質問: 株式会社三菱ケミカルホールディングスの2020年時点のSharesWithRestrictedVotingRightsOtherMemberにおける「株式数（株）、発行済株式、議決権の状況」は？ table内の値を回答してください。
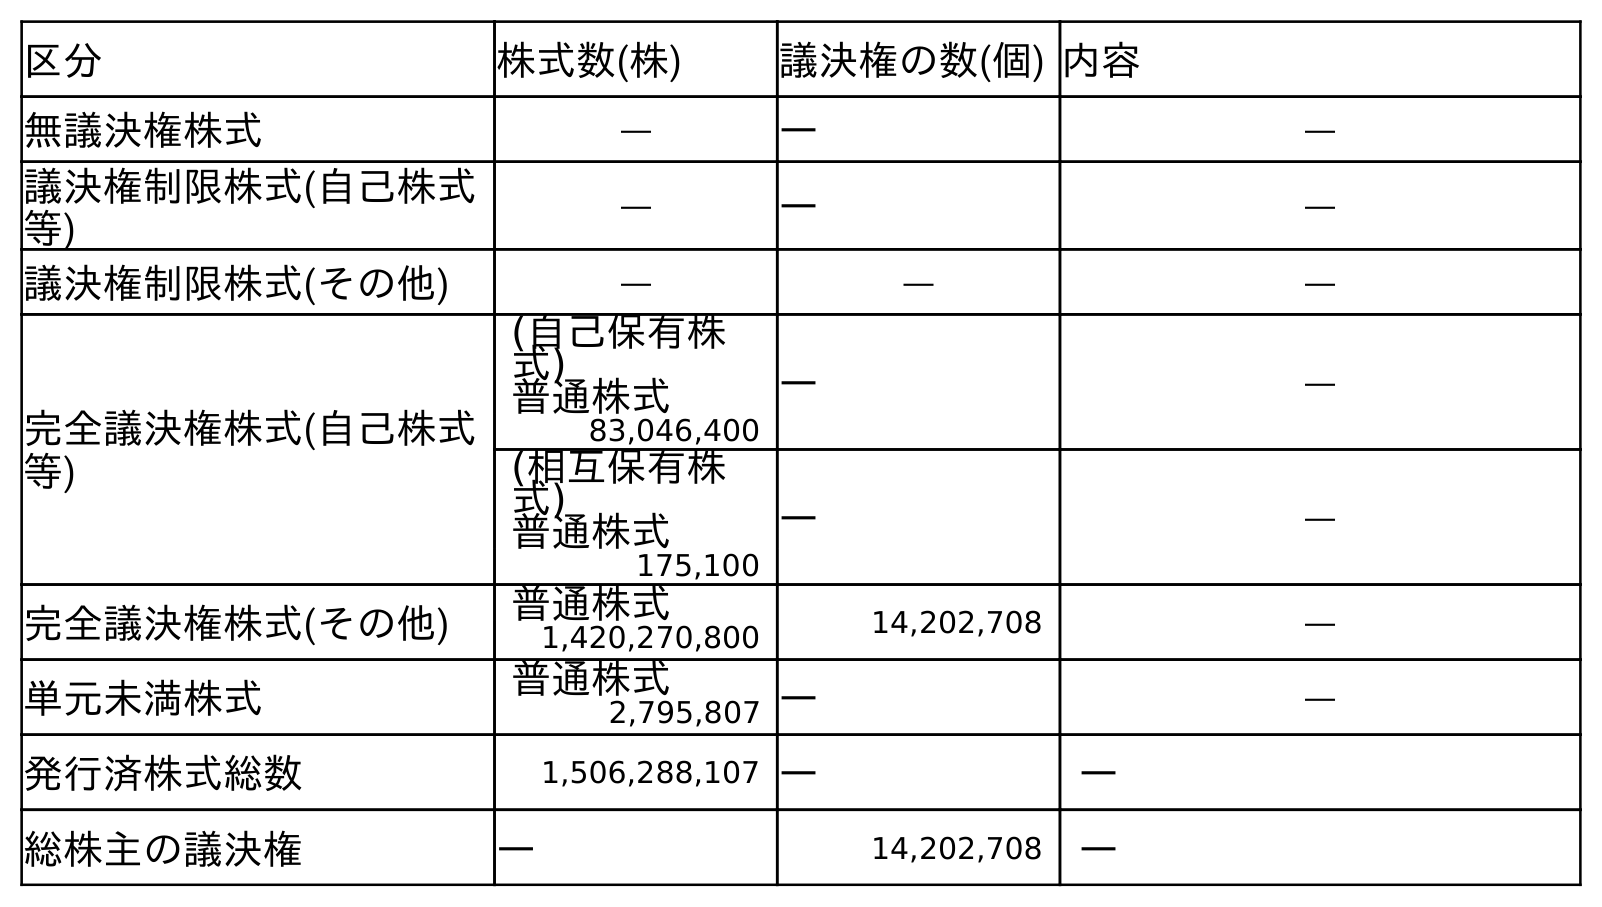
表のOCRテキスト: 区分 株式数(株) 議決権の数(個) 内容 無議決権株式 ― ― ― 議決権制限株式(自己株式 等) ― ― ― 議決権制限株式(その他) ― ― ― 完全議決権株式(自己株式 等) (自己保有株 式) 普通株式 ― ― 83,046,400 (相互保有株 式) 普通株式 ― ― 175,100 完全議決権株式(その他) 普通株式 14,202,708 ― 1,420,270,800 単元未満株式 普通株式 ― ― 2,795,807 発行済株式総数 1,506,288,107 ― ― 総株主の議決権 ― 14,202,708 ―
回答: ―